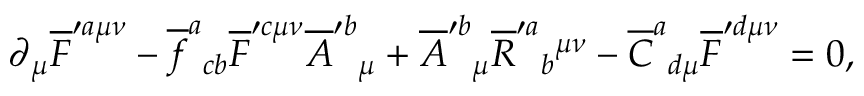
\partial { } _ { \mu } \overline { { { F } } } ^ { \prime a \mu \nu } - \overline { { { f } } } ^ { a } { } _ { c b } \overline { { { F } } } ^ { \prime c \mu \nu } \overline { { { A } } } ^ { \prime b } { } _ { \mu } { } + \overline { { { A } } } ^ { \prime b } { } _ { \mu } \overline { { { R } } } ^ { \prime a } { } _ { b } { } ^ { \mu \nu } - \overline { { { C } } } ^ { a } { } _ { d \mu } \overline { { { F } } } ^ { \prime d \mu \nu } = 0 ,